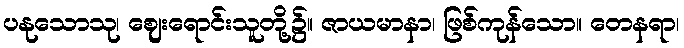
ပနုသောသု၊ ဈေးရောင်းသူတို့၌။ ဇာယမာနာ၊ ဖြစ်ကုန်သော။ တေနရာ၊